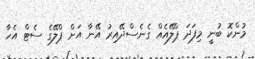
މުންކޮ ބުނީ މިފަދަ ޕްލޭއެއް ގެނެސްދޭއިރު އޭނާ އަށް ޕްލޭގެ ސެޓް އެހާ